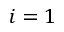
i = 1